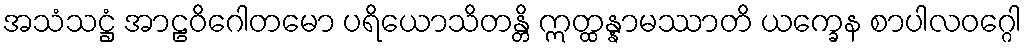
အသံသဋ္ဌံ အာဠဝိဂေါတမော ပရိယောသိတန္တိ ဣတ္ထန္နာမဿာတိ ယက္ခေန စာပါလဝဂ္ဂေါ